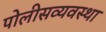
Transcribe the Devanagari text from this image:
पोलीसव्यवस्था